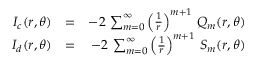
\begin{array} { r l r } { I _ { c } ( r , \theta ) } & { = } & { - 2 \, \sum _ { m = 0 } ^ { \infty } \left( { \frac { 1 } { r } } \right) ^ { m + 1 } \, Q _ { m } ( r , \theta ) } \\ { I _ { d } ( r , \theta ) } & { = } & { - 2 \, \sum _ { m = 0 } ^ { \infty } \left( { \frac { 1 } { r } } \right) ^ { m + 1 } \, S _ { m } ( r , \theta ) } \end{array}